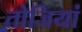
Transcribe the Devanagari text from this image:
तोजियां